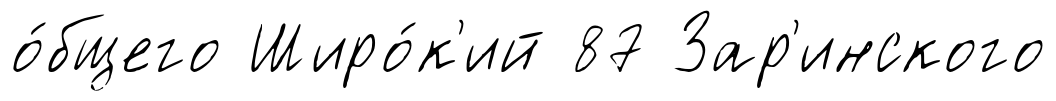
о́бщего Широ́к'ий 87 Зар'инского